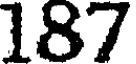
187